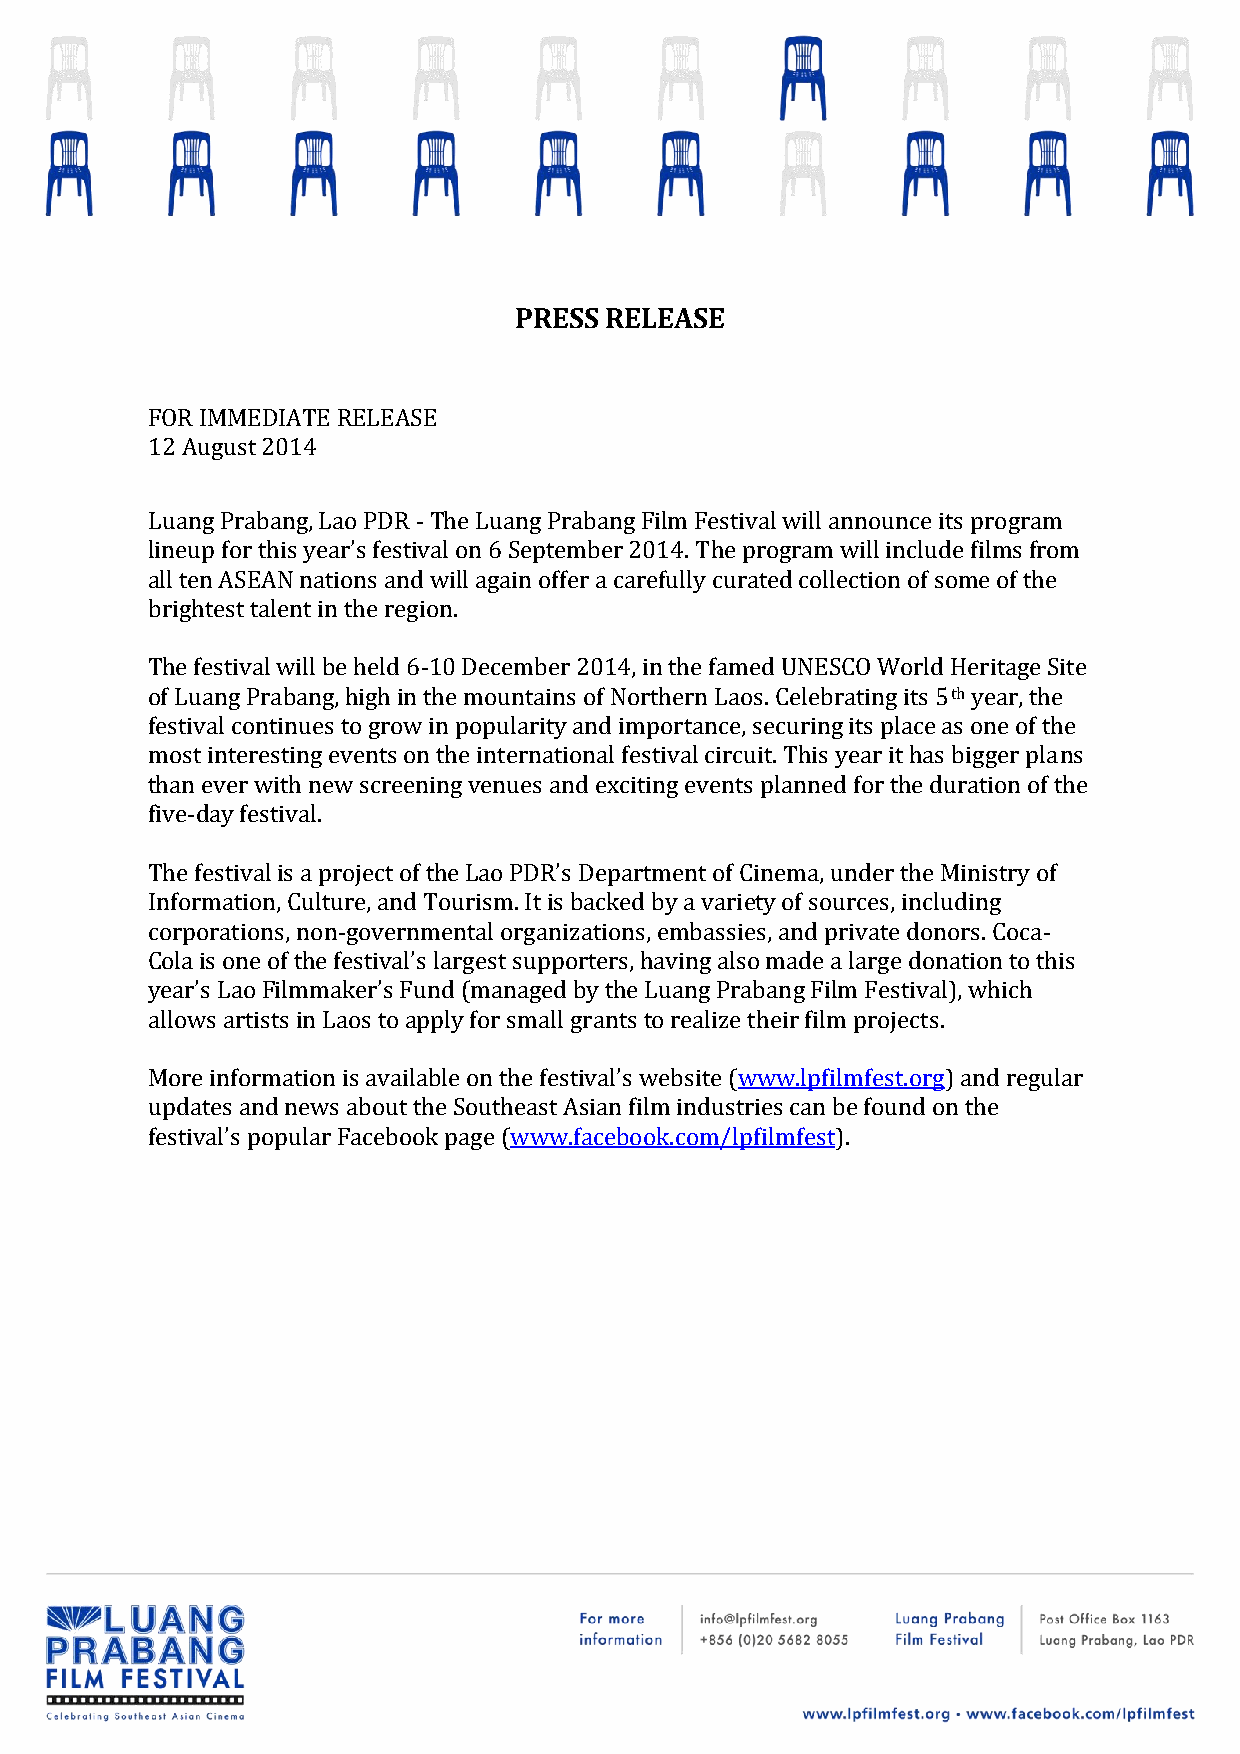
PRESS RELEASE
 FOR IMMEDIATE RELEASE
 12 August 2014
 Luang Prabang, Lao PDR - The Luang Prabang Film Festival will announce its program
 lineup for this year’s festival on 6 September 2014. The program will include films from
 all ten ASEAN nations and will again offer a carefully curated collection of some of the
 brightest talent in the region.
 The festival will be held 6-10 December 2014, in the famed UNESCO World Heritage Site
 of Luang Prabang, high in the mountains of Northern Laos. Celebrating its 5th year, the
 festival continues to grow in popularity and importance, securing its place as one of the
 most interesting events on the international festival circuit. This year it has bigger plans
 than ever with new screening venues and exciting events planned for the duration of the
 five-day festival.
 The festival is a project of the Lao PDR’s Department of Cinema, under the Ministry of
 Information, Culture, and Tourism. It is backed by a variety of sources, including
 corporations, non-governmental organizations, embassies, and private donors. Coca-
 Cola is one of the festival’s largest supporters, having also made a large donation to this
 year’s Lao Filmmaker’s Fund (managed by the Luang Prabang Film Festival), which
 allows artists in Laos to apply for small grants to realize their film projects.
 More information is available on the festival’s website (www.lpfilmfest.org) and regular
 updates and news about the Southeast Asian film industries can be found on the
 festival’s popular Facebook page (www.facebook.com/lpfilmfest).